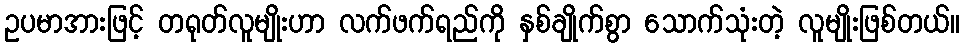
ဥပမာအားဖြင့် တရုတ်လူမျိုးဟာ လက်ဖက်ရည်ကို နှစ်ချိုက်စွာ သောက်သုံးတဲ့ လူမျိုးဖြစ်တယ်။